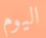
اليوم